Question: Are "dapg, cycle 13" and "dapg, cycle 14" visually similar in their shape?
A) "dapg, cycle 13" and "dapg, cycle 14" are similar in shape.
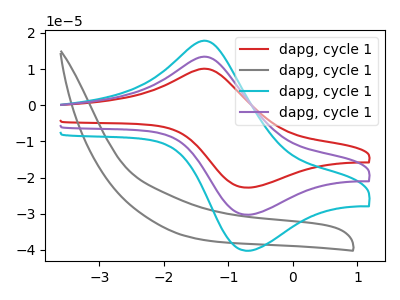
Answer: <think>The red curve "dapg, cycle 11" has an anodic peak at (-1.30V, 26.60uA) and a cathodic peak at (-0.75V, -60.60uA). The gray curve "dapg, cycle 12" has no peaks. The cyan curve "dapg, cycle 13" has an anodic peak at (-1.30V, 17.70uA) and a cathodic peak at (-0.75V, -40.25uA). The purple curve "dapg, cycle 14" has an anodic peak at (-1.30V, 13.30uA) and a cathodic peak at (-0.75V, -30.30uA).
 All the peaks in "dapg, cycle 13" have a peak in "dapg, cycle 14" at the same potential. Every peak in "dapg, cycle 13" is higher than every peak in "dapg, cycle 14".</think>
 <answer>A) "dapg, cycle 13" and "dapg, cycle 14" are similar in shape.</answer>
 <eval>A</eval>